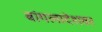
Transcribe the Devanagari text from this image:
बांगलादेशवर